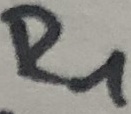
Text: R1